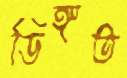
ডিঙ্গত